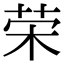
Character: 荣